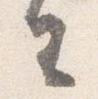
去